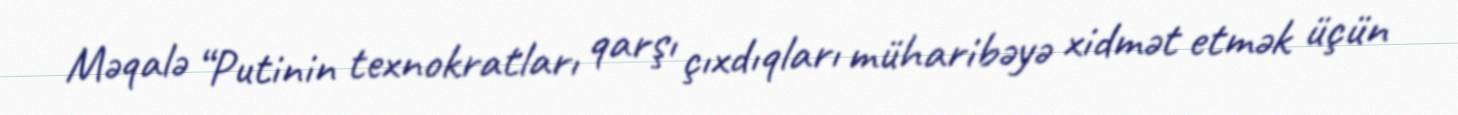
Məqalə “Putinin texnokratları qarşı çıxdıqları müharibəyə xidmət etmək üçün